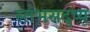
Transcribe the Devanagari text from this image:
स्तंभसदृष्य